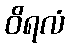
ဝိရလံ